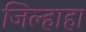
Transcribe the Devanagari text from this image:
जिल्हाहा